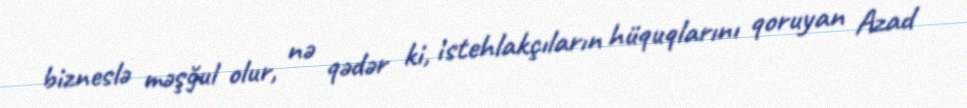
bizneslə məşğul olur, nə qədər ki, istehlakçıların hüquqlarını qoruyan Azad